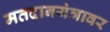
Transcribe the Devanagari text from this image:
मतदानयंत्रावर